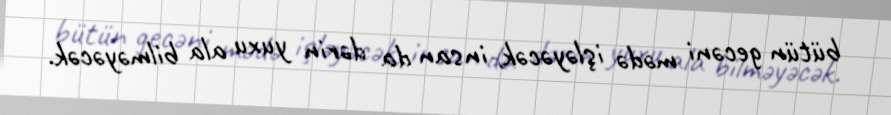
bütün gecəni mədə işləyəcək, insan da dərin yuxu ala bilməyəcək.